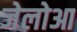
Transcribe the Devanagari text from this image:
जेलोआ